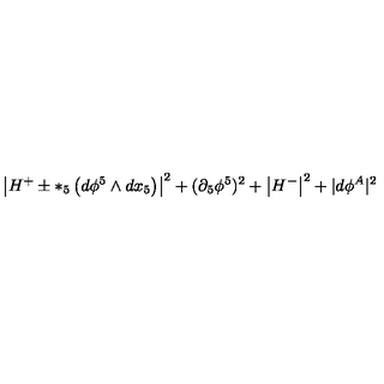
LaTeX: \left| H ^ { + } \pm * _ { 5 } \left( d \phi ^ { 5 } \wedge d x _ { 5 } \right) \right| ^ { 2 } + ( \partial _ { 5 } \phi ^ { 5 } ) ^ { 2 } + \left| H ^ { - } \right| ^ { 2 } + | d \phi ^ { A } | ^ { 2 }